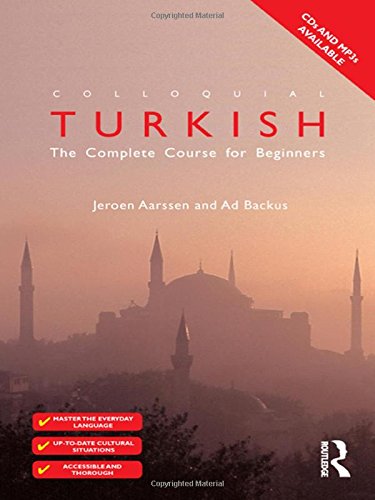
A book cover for Colloquial Turkish: The Complete Course for Beginners (Colloquial Series); Ad Backus; Reference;